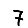
Digit: 7